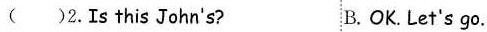
( )2.Is this John's? B. OK. Let's go.